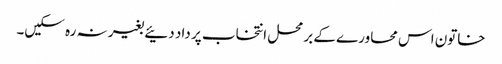
خاتون اس محاورے کے برمحل انتخاب پر داد دئیے بغیر نہ رہ سکیں۔